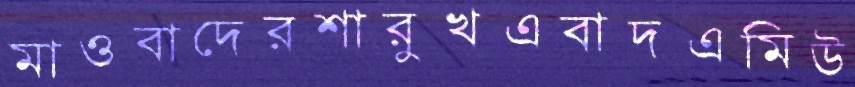
মাওবাদেরশারুখএবাদএমিউ